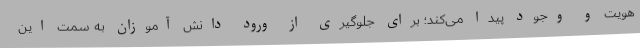
هویت و وجود پیدا می‌کند؛ برای جلوگیری از ورود دانش آموزان به سمت این